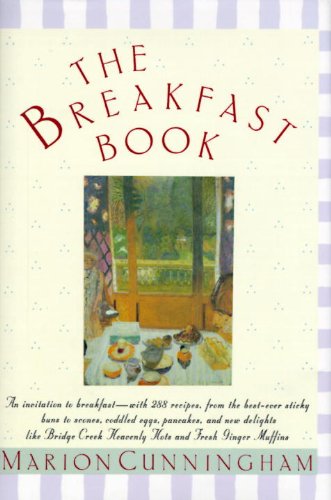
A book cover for The Breakfast Book; Marion Cunningham; Cookbooks, Food & Wine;